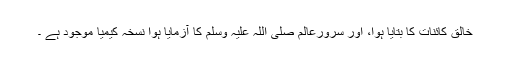
خالق کائنات کا بتایا ہوا، اور سرورعالم صلی اللہ علیہ وسلم کا آزمایا ہوا نسخہ کیمیا موجود ہے ۔